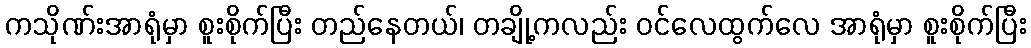
ကသိုဏ်းအာရုံမှာ စူးစိုက်ပြီး တည်နေတယ်၊ တချို့ကလည်း ဝင်လေထွက်လေ အာရုံမှာ စူးစိုက်ပြီး